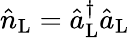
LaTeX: \hat{n}_{\mathrm{L}}=\hat{a}_{\mathrm{L}}^{\dagger}\hat{a}_{\mathrm{L}}